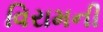
વિરામની